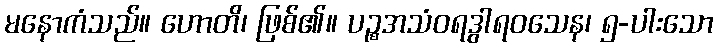
မနောကံသည်။ ဟောတိ၊ ဖြစ်၏။ ပဉ္စအသံဝရဒွါရဝသေန၊ ၅-ပါးသော